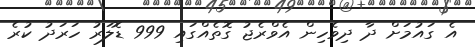
އެ ގައުމަށް ދާ ދިވެހިން އެވްރެޖު ގޮތެއްގައި 999 ޑޮލަރު ހަރަދު ކުރެ